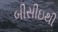
બીસીઇથી